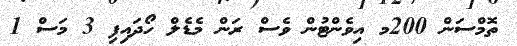
ތޮމްސަން 200މ އިވެންޓުން ވެސް ރަން މެޑެލް ހޯދައިފި 3 މަސް 1